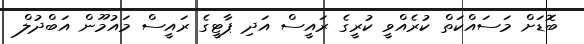
ބޮޑަށް މަސައްކަތް ކުރެއްވީ ކުރީގެ ރައީސް އަދި ޕާޓީގެ ރައީސް މައުމޫން އަބްދުލް